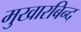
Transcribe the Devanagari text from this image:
मुखारबिन्द